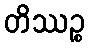
တိဿဉ္စ